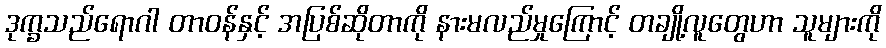
ဒုက္ခသည်ရောဂါ တာဝန်နှင့် အပြစ်ဆိုတာကို နားမလည်မှုကြောင့် တချို့လူတွေဟာ သူများကို